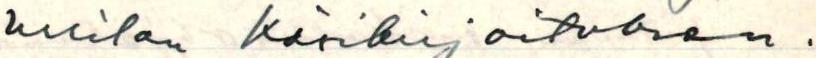
Urrilan käsikirjoituksen .